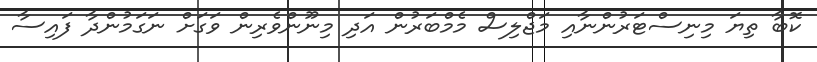
ކޮބާ ތިޔަ މިނިސްޓަރުންނާއި މަޖްލިސް މެމްބަރުން އަދި މިނޫންވެރިން ވަގަށް ނަގަމުންދާ ފައިސާ